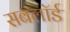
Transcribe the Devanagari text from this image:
सबलॉर्ड